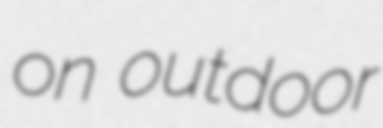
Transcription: on outdoor